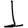
Digit: 1